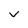
Character: V